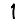
Digit: 1